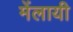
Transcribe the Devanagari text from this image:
मेंलायी